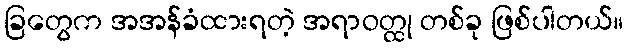
ခြတွေက အအန်ခံထားရတဲ့ အရာဝတ္ထု တစ်ခု ဖြစ်ပါတယ်။